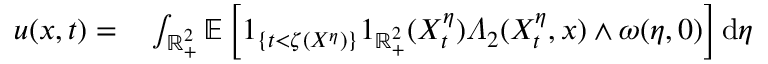
\begin{array} { r l } { u ( x , t ) = } & { { } \int _ { \mathbb { R } _ { + } ^ { 2 } } \mathbb { E } \left[ 1 _ { \{ t < \zeta ( X ^ { \eta } ) \} } 1 _ { \mathbb { R } _ { + } ^ { 2 } } ( X _ { t } ^ { \eta } ) \varLambda _ { 2 } ( X _ { t } ^ { \eta } , x ) \wedge \omega ( \eta , 0 ) \right] \mathrm { d } \eta } \end{array}